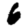
Digit: 6